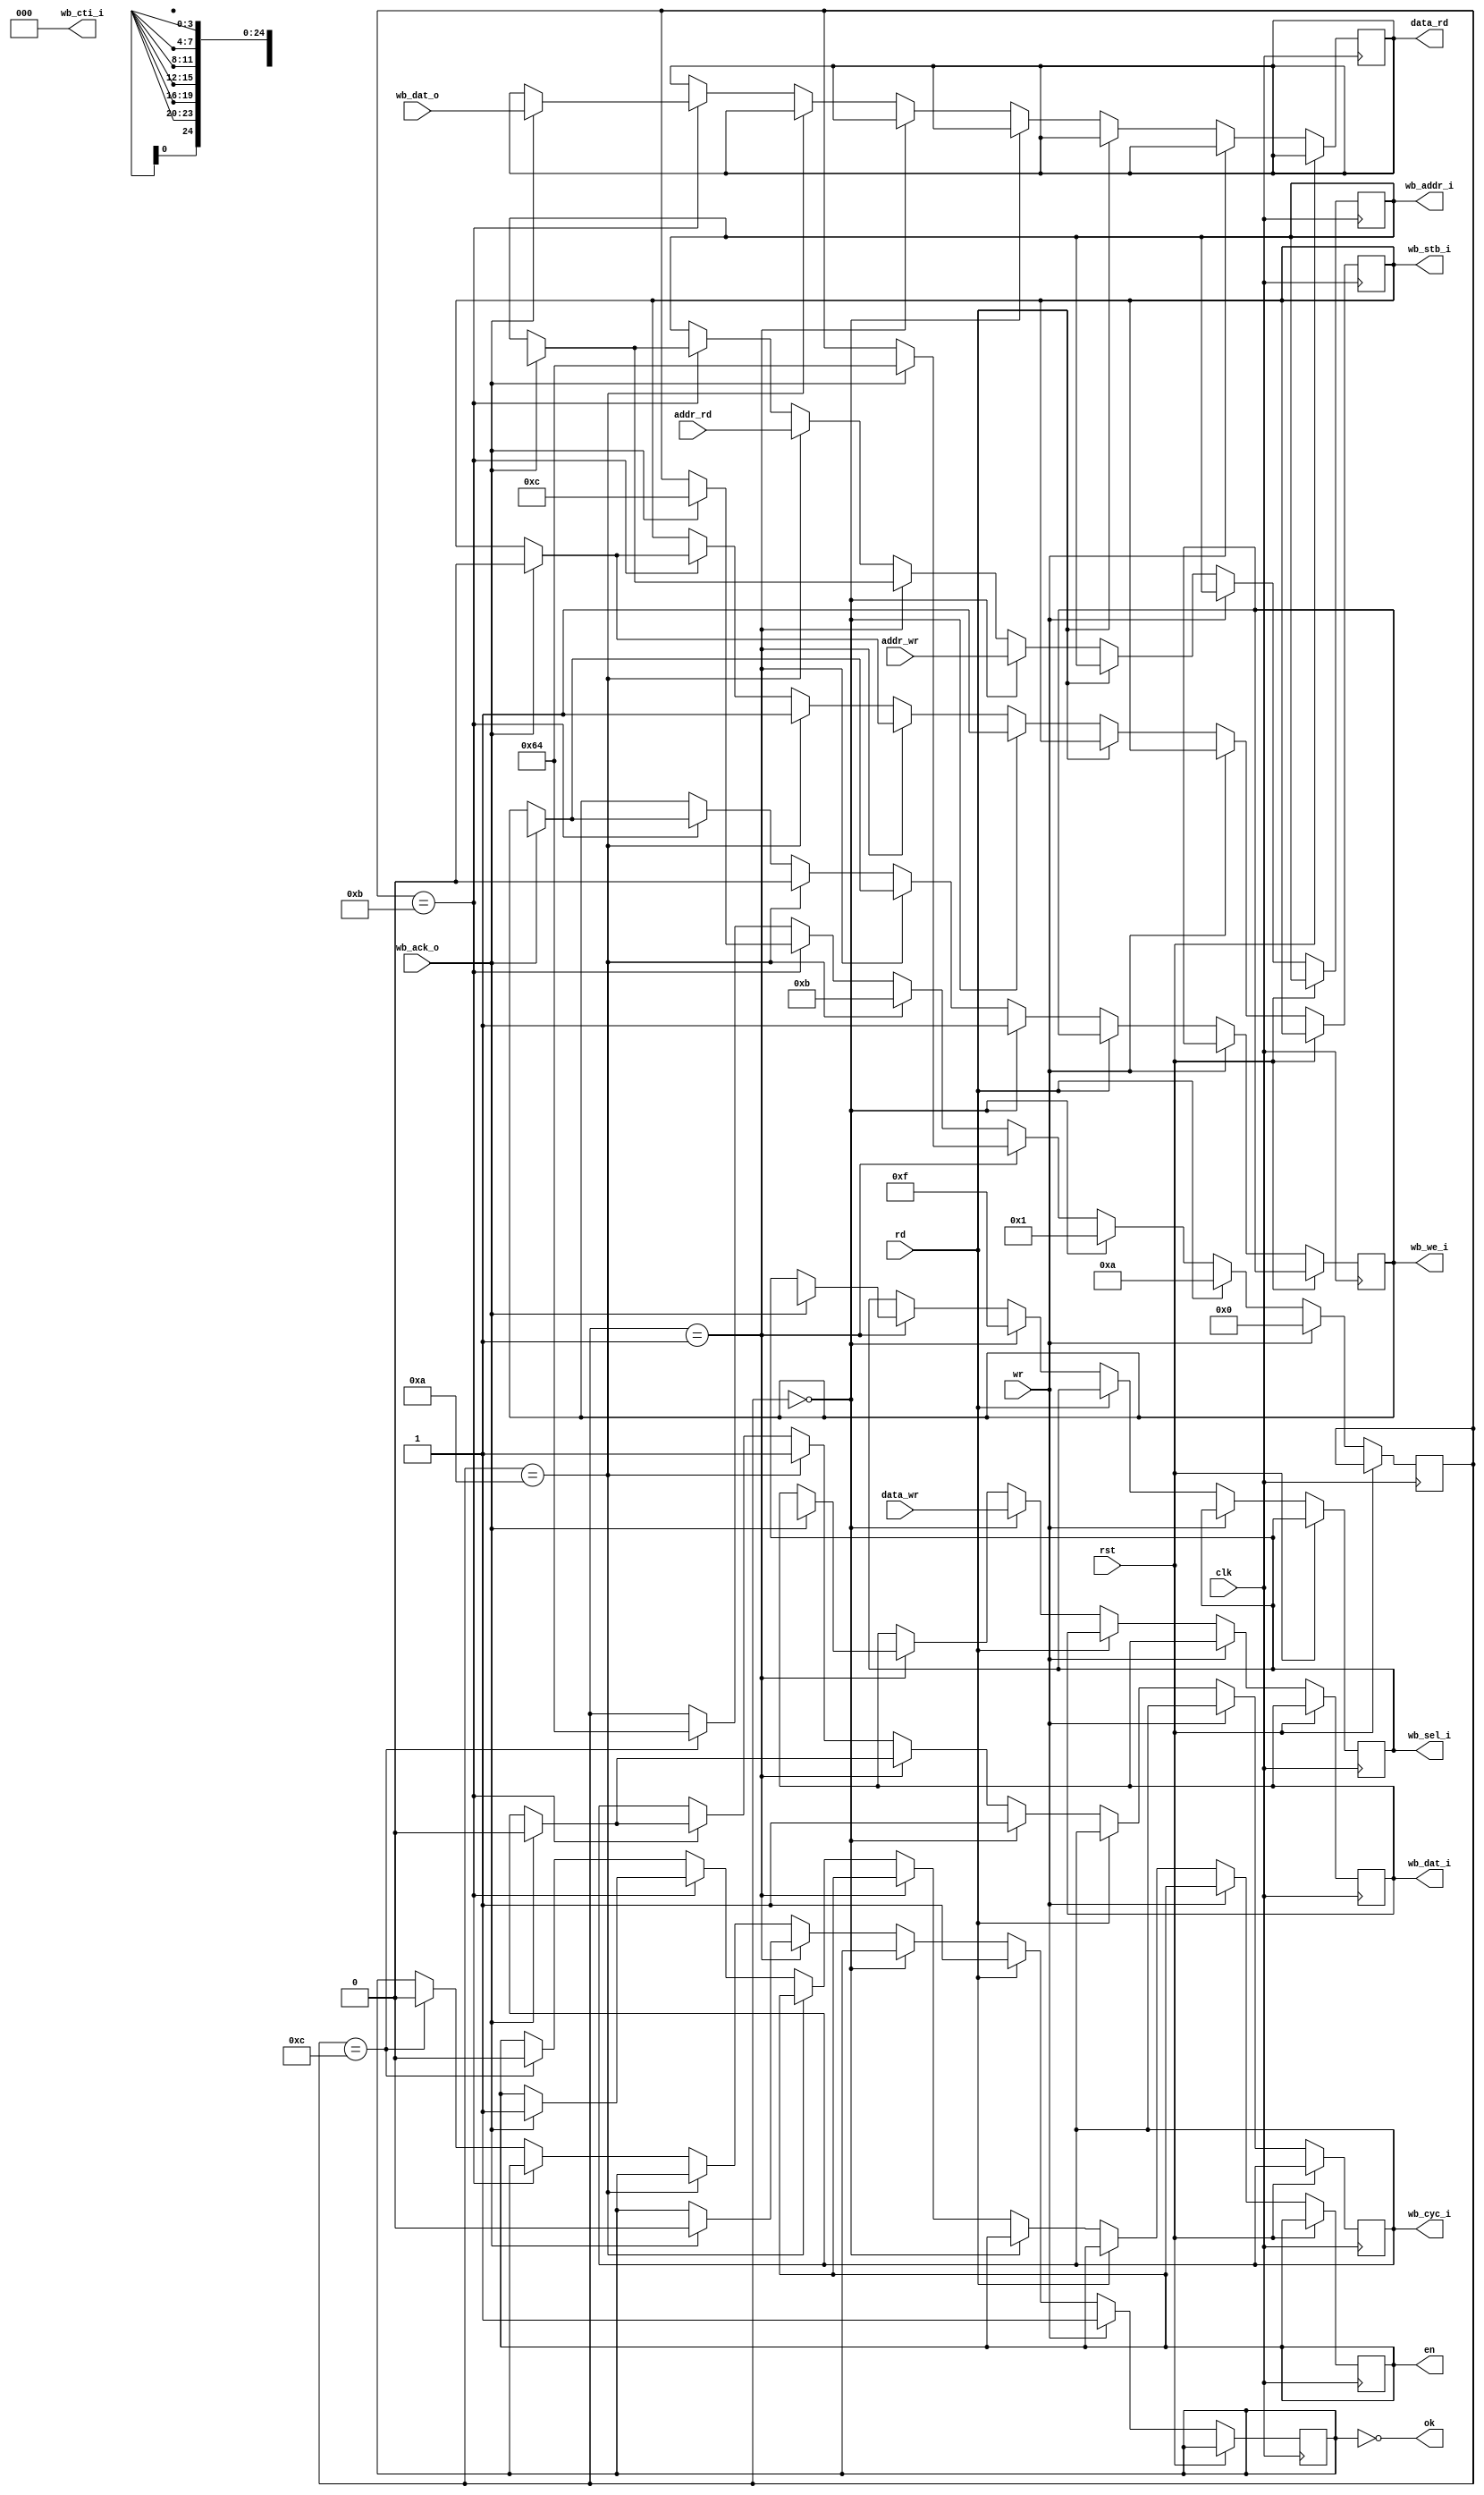
//-----------------------------------------------------------------------------
//
// Title       : sdram_wr_rd
// Design      : list
// Company     : Microsoft
//
//-----------------------------------------------------------------------------
//
// Generated   : Mon Apr 15 15:56:03 2019
// From        : interface description file
// By          : Itf2Vhdl ver. 1.22
//
//-----------------------------------------------------------------------------
//
// Description : 
//
//-----------------------------------------------------------------------------
`timescale 1 ns / 1 ps

//{{ Section below this comment is automatically maintained
//   and may be overwritten
//{module {sdram_wr_rd}}
module sdram_wr_rd 
	( 
ok,	
rst,
clk,
wr,
rd,
data_wr,
data_rd, 
addr_wr,
addr_rd,
en,

wb_stb_i,
wb_ack_o,
wb_addr_i,
wb_we_i , // 1 - Write, 0 - Read
wb_dat_i,
wb_sel_i, // Byte enable
wb_dat_o,
wb_cyc_i,
wb_cti_i 
);

input                  rst ;
input                  clk ; 

input wr;
input rd;

output ok;
input [24:0] addr_wr; 
input [24:0] addr_rd;
input [31:0] data_wr;
output[31:0] data_rd;
output en;

output                  wb_stb_i           ;
input                   wb_ack_o           ;
output [24:0]           wb_addr_i          ;
output                  wb_we_i            ; // 1 - Write, 0 - Read
output [31:0]           wb_dat_i           ;
output [3:0]            wb_sel_i           ; // Byte enable
input  [31:0]           wb_dat_o           ;
output                  wb_cyc_i           ;
output [2:0]            wb_cti_i           ;  


reg stb=0;
reg [24:0] reg_addr=0;
reg we=0;
reg [31:0] data_i=0;
reg [3:0]  sel=0;
reg [31:0] data_o=0;
reg cyc=0;
reg [2:0] cti=0;	
reg [7:0] step=100; 
reg reg_en=0;
reg [31:0] d_temp=0;
reg flag_process=0;

assign 	wb_stb_i  = stb;
assign 	wb_addr_i = reg_addr;
assign  wb_we_i   = we;
assign  wb_dat_i  = data_i;
assign 	wb_sel_i  = sel;
assign  wb_cyc_i  = cyc;
assign 	wb_cti_i  = cti;

assign 	data_rd   =  data_o; 
assign       en   =  reg_en;  
assign 	ok        =  ~flag_process;

always @(posedge clk)
	if (rst)
		begin
			
			
		end
	else
	if (wr) begin step<=0 ; flag_process<=1; end
	else
	if (rd) begin step<=10; flag_process<=1; end
	else
		if (step==0)
			begin				
				stb   <=1;
				cyc   <=1;
				we    <=1;
				sel   <=4'b1111;
				reg_addr  <=addr_wr;
				data_i<=data_wr;
				step<=1;
			end	else
		if (step==1)
			begin
				if (wb_ack_o==1)
					begin 
					flag_process<=0;
					stb   <=0;
					cyc   <=0;
					we    <='hx;
					sel   <='hx;
					reg_addr  <='hx;
					data_i<='hx;
					step<=100;	
					end			
			end	 else
		if (step==10)
			begin
			stb   <=1;
			cyc   <=1;
			we    <=0;	
			reg_addr  <=addr_rd;
			step<=11;
			end	else
		if (step==11)
			begin 			
			if (wb_ack_o==1)
				begin					
				data_o<=wb_dat_o;	
				stb   <=0;
				cyc   <=0;
				we    <='hx;
				reg_addr  <='hx;
				reg_en<=1;
				step<=12;
				end
			end	
			else
			if (step==12)
				begin 
				flag_process<=0;
				reg_en<=0;
				step<=100;				
				end					


endmodule